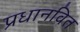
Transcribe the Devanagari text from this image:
प्रधानवित